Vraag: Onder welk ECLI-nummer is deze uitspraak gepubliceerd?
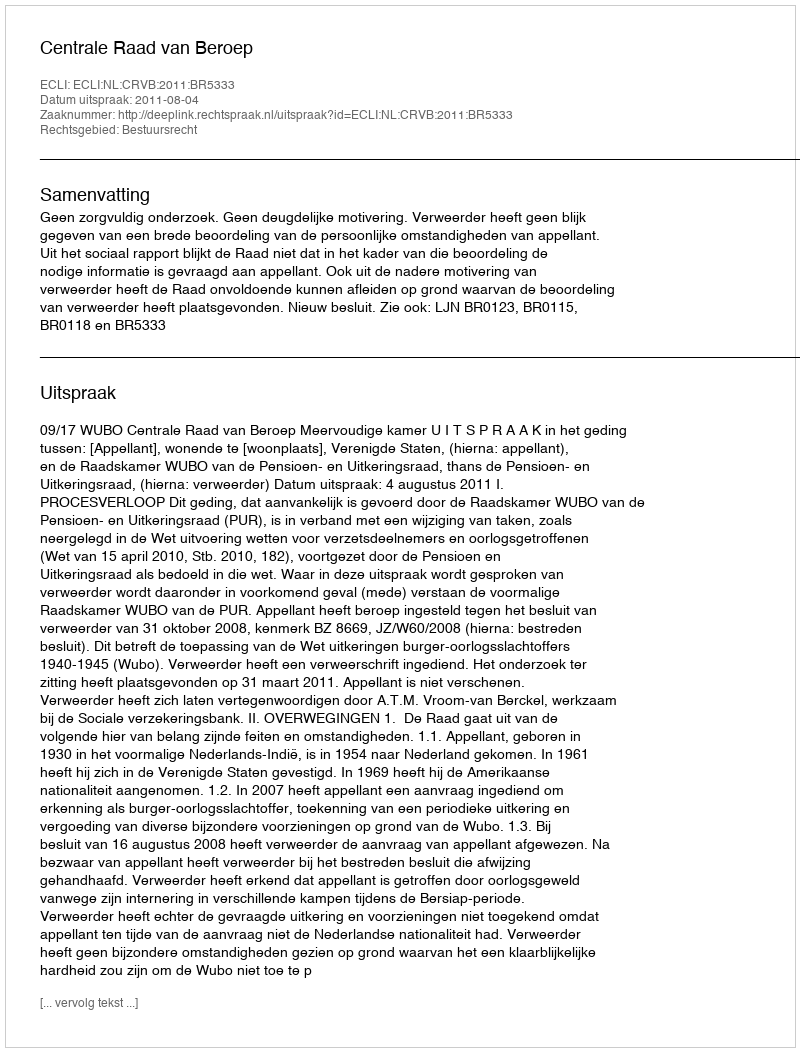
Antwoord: ECLI:NL:CRVB:2011:BR5333